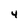
Character: 4